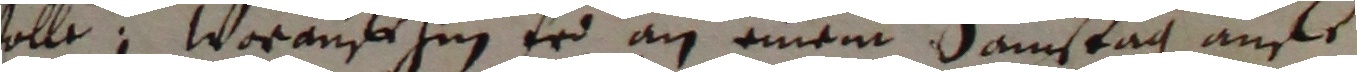
solle, Worauf hin er an einem samstag auf